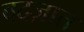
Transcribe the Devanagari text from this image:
बदज़ात